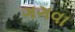
ગગવા